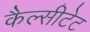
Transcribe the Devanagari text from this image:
कैल्सीटेट